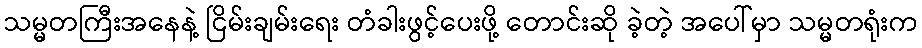
သမ္မတကြီးအနေနဲ့ ငြိမ်းချမ်းရေး တံခါးဖွင့်ပေးဖို့ တောင်းဆို ခဲ့တဲ့ အပေါ်မှာ သမ္မတရုံးက